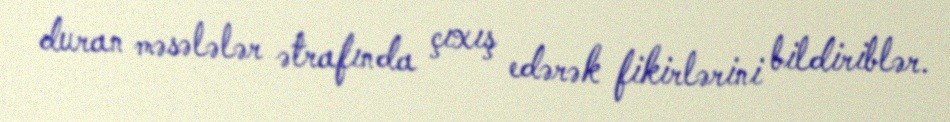
duran məsələlər ətrafında çıxış edərək fikirlərini bildiriblər.